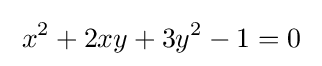
\;x^{2}+2xy+3y^{2}-1=0\;